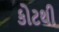
કોટથી